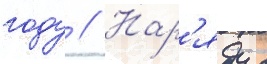
году // Нар'яду с